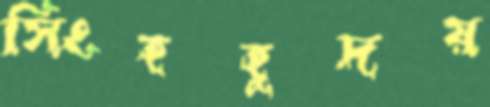
সিংহহূদয়